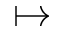
\mapsto